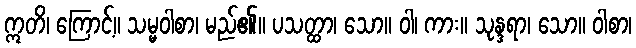
ဣတိ၊ ကြောင့်။ သမ္မဝါစာ၊ မည်၏။ ပသတ္ထာ၊ သော။ ဝါ၊ ကား။ သုန္ဒရာ၊ သော။ ဝါစာ၊